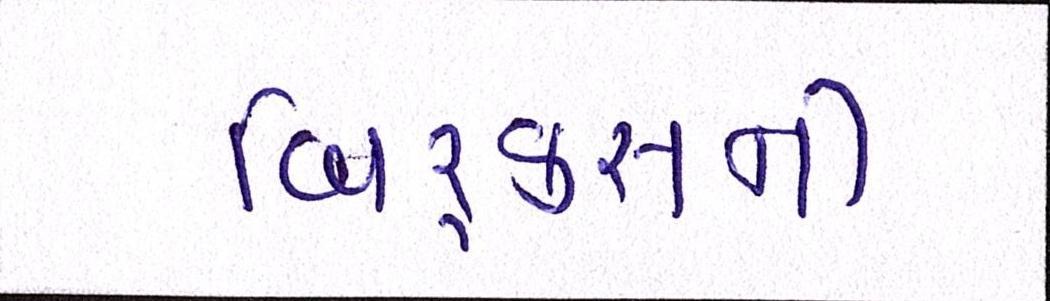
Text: બિ્રક્સની